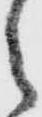
之